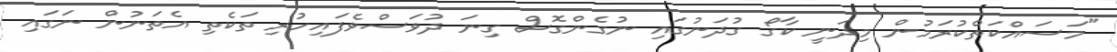
"މަސައްކަތްކުރަމުން މިދަނީ ކާގޯ ގުދަނުގައި ނުގެންގޮސް ގިނަ ދުވަސްވެފައިހުރި ތަކެތި އެތަނުން ނަގައި